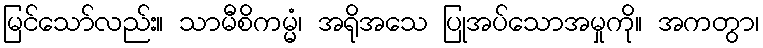
မြင်သော်လည်း။ သာမီစိကမ္မံ၊ အရိုအသေ ပြုအပ်သောအမှုကို။ အကတွာ၊